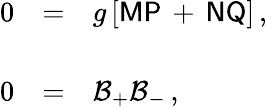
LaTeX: \begin{array}{rcl}{{0}}&{{=}}&{{g\left[\mathsf{M}\mathsf{P}\, +\, \mathsf{N}\mathsf{Q}\right]\, ,}}\\ {{}}&{{}}&{{}}\\ {{0}}&{{=}}&{{{\cal B}_{+}{\cal B}_{-}\, ,}}\end{array}